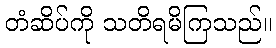
တံဆိပ်ကို သတိရမိကြသည်။